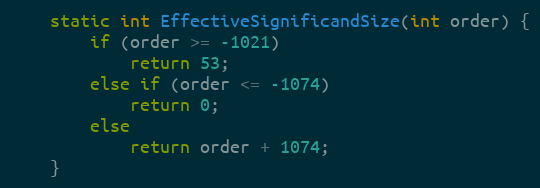
Language: C
    static int EffectiveSignificandSize(int order) {
        if (order >= -1021)
            return 53;
        else if (order <= -1074)
            return 0;
        else
            return order + 1074;
    }